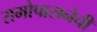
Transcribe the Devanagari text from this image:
रामोपासनेची